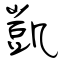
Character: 凱